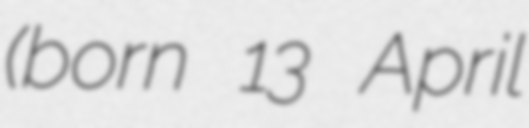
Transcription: (born 13 April